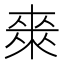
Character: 𭫈